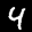
Label: 4